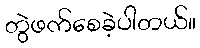
တွဲဖက်စေခဲ့ပါတယ်။